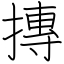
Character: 摶